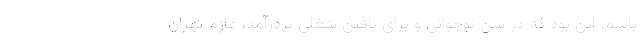
باشم. این بود که در سن نوجوانی و برای یافتن شغلی پردرآمد، عازم تهران